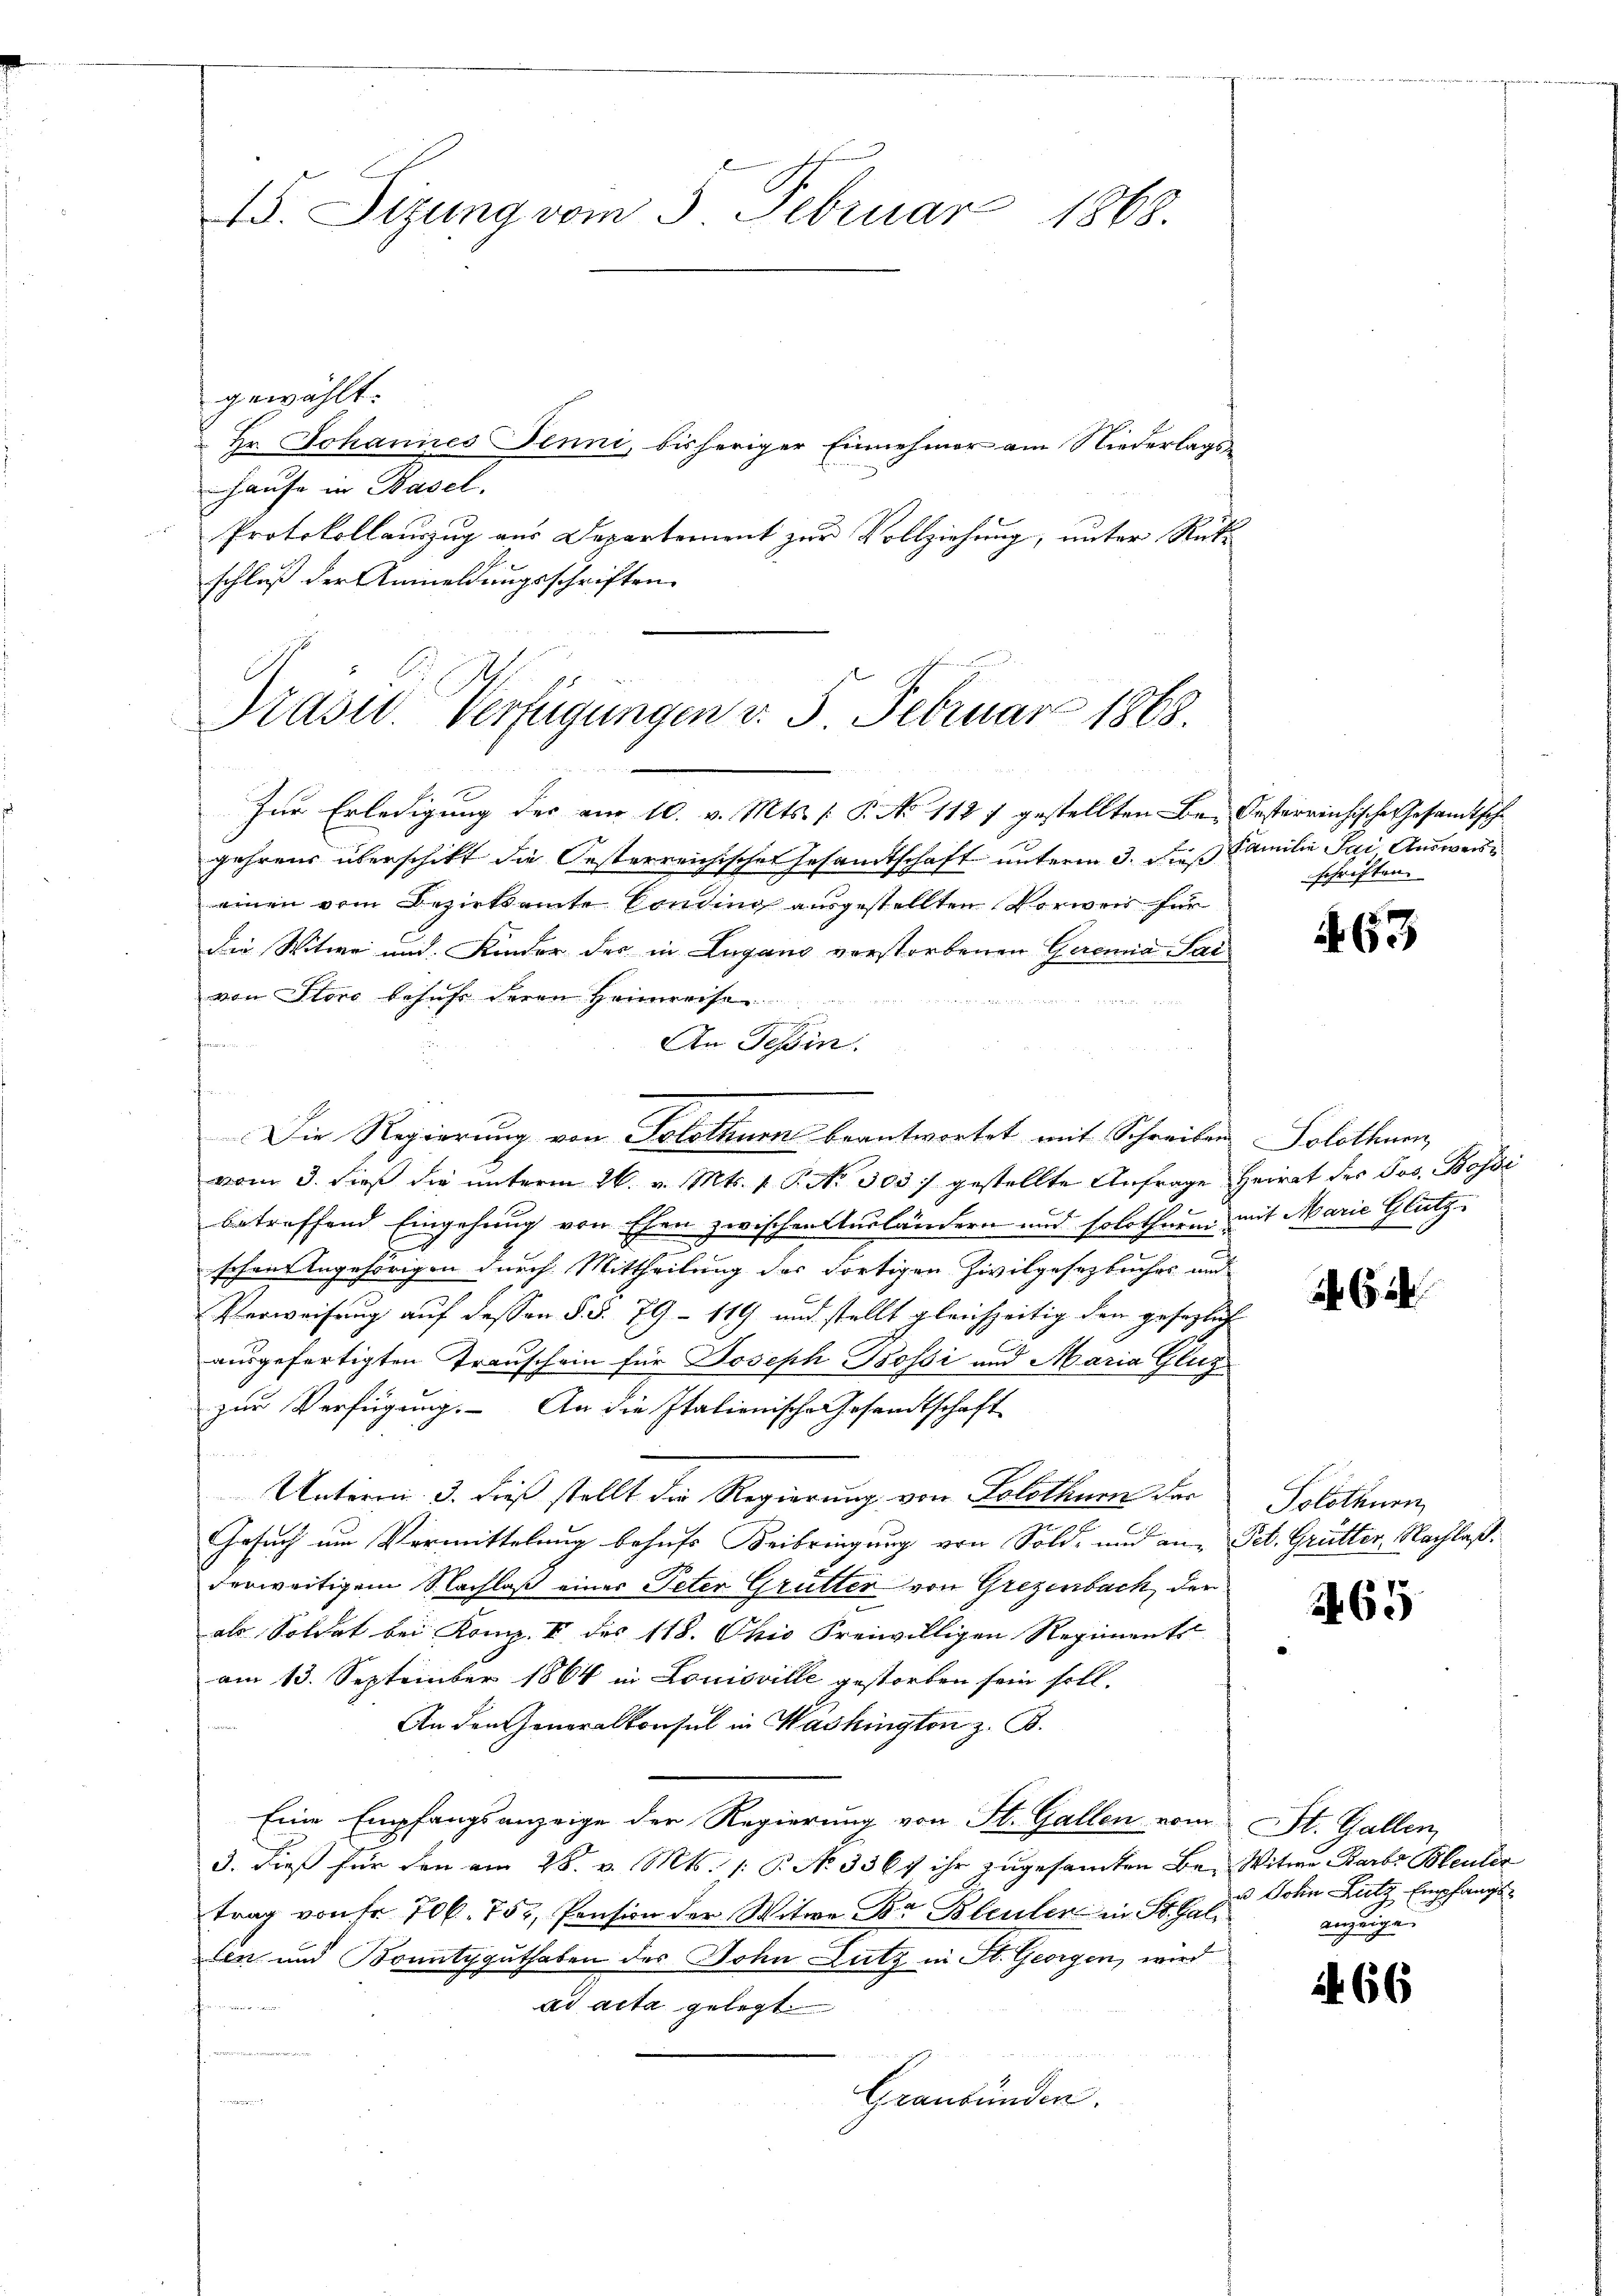
15. Sizung vom 5. Februar 1868.

gewählt:
hause in Basel.
schluß der Anmeldungsschriften

Hr. Johannes Jenni, bisheriger Einnehmer am Niederlags¬
Protokollauszug aus Departement zur Vollziehung, unter Rück¬

Präsid. Verfügungen v. 5. Februar 1868.

Die Regierung von Solothurn beantwortet mit Schreiben Solothurn,

Zur Erledigung des am 10. v. Mts. [ P. No 112 7 gestellten Be- Gesterreichisches Gesamtsche
gehrens überschikt die Oesterreichischen Gesandtschaft unterm 3. Dieß Familie Sai Ausweiseinen vom Bezirksamte Conding ausgestellten Vorweis für
Die Witwe und Kinder der in Lugano verstorbenen Geremia Saivon Store behufe deren Heimreise
n
An Tessin.
f
vom 3. dieß die unterm 26. v. Mts. 1. P. No 303) gestellte Anfrage Heirat des Jos. Bossi
betreffend Eingehung von Ehen zwischen Ausländern und solothurm mit Marie Glutz
schon Angehörigen durch Mittheilung des Fortigen Zivilgesetzbuches und
Verweisung auf dessen §. §. 79 – 119 und stellt gleichzeitig den gesezlich
ausgefertigten Trauschein für Joseph Bossi und Maria Gluz
zur Verfügung. An die Italienische Gesandtschaft
Unterm 3. dieß stellt die Regierung von Solothurn der
Gesuch um Vermittelung behufs Beibringung von Sold- und an Tit. Grütter, Nachlaßderweitigem Nachlaß einer Peter Grütter von Grezenbach, der
als Soldat bei Komp. II des 118. Okio Freiwilligen Regiments
am 13. September 1864 in Louisville gestorben sein soll.
An den Generalkonsul in Washington z. B.
Eine Empfangsanzeige der Regierung von St. Gallen vom St. Gallen,
3. dieß für den am 28. v. Mts. (: P. No 336 f ihr zugesamten Be- Witwe Barbr Bleuler
trag von fr. 706. 752, Pension der Witwe Dr Bleuler in St. Galten und Bountyguthaben des John Lutz in St. Georgen, wird
ad acta gelegt
n
Graubünden.

schriften.

63

2 (2

Solothurn

265

u Johin Lutz Empfangsanzeigen

.

66